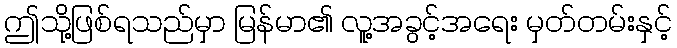
ဤသို့ဖြစ်ရသည်မှာ မြန်မာ၏ လူ့အခွင့်အရေး မှတ်တမ်းနှင့်